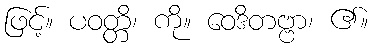
ဖြင့်။ ပဝတ္တိ၊ ကို။ ဝေဒိတဗ္ဗာ၊ ၏။